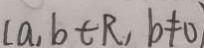
[ a , b \in R , b \neq 0 )